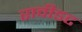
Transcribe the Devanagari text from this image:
रावीडट